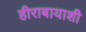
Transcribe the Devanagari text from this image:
हीराबायाशी